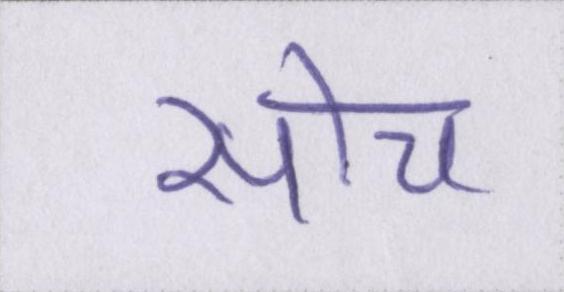
सोच